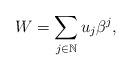
LaTeX: \begin{align*} W = \sum_{j \in \mathbb{N}} u_j \beta^j,\end{align*}